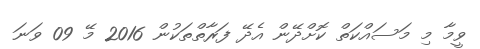
ވީމާ މި މަސައްކަތް ކޮށްދޭން އެދޭ ފަރާތްތަކުން 2016 މޭ 09 ވަނަ